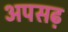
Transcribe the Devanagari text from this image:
अपसढ़